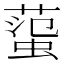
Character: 𧍙